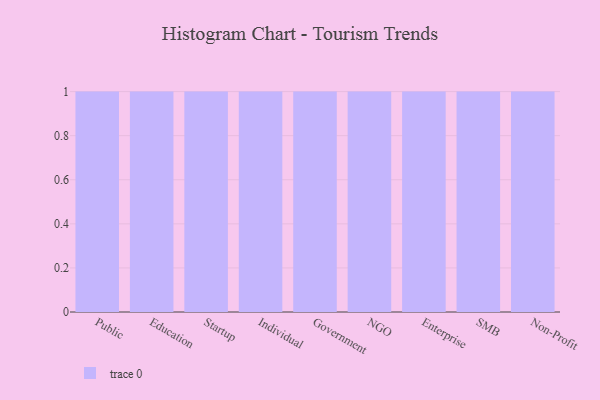
{"axis": {"x": "Segment", "y": "Website Visitors"}, "legend": [""], "data": [{"x": "Public", "y": 82, "type": ""}, {"x": "Education", "y": 78, "type": ""}, {"x": "Startup", "y": 19, "type": ""}, {"x": "Individual", "y": 50, "type": ""}, {"x": "Government", "y": 68, "type": ""}, {"x": "NGO", "y": 38, "type": ""}, {"x": "Enterprise", "y": 98, "type": ""}, {"x": "SMB", "y": 20, "type": ""}, {"x": "Non-Profit", "y": 43, "type": ""}]}